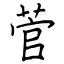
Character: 菅